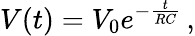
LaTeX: V(t)=V_{0}e^{-{\frac{t}{RC}}}\, ,